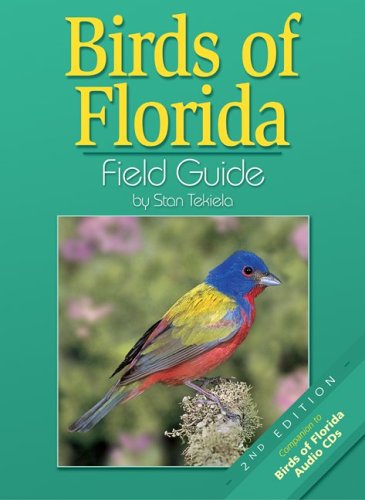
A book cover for Birds Of Florida Field Guide; Stan Tekiela; Science & Math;